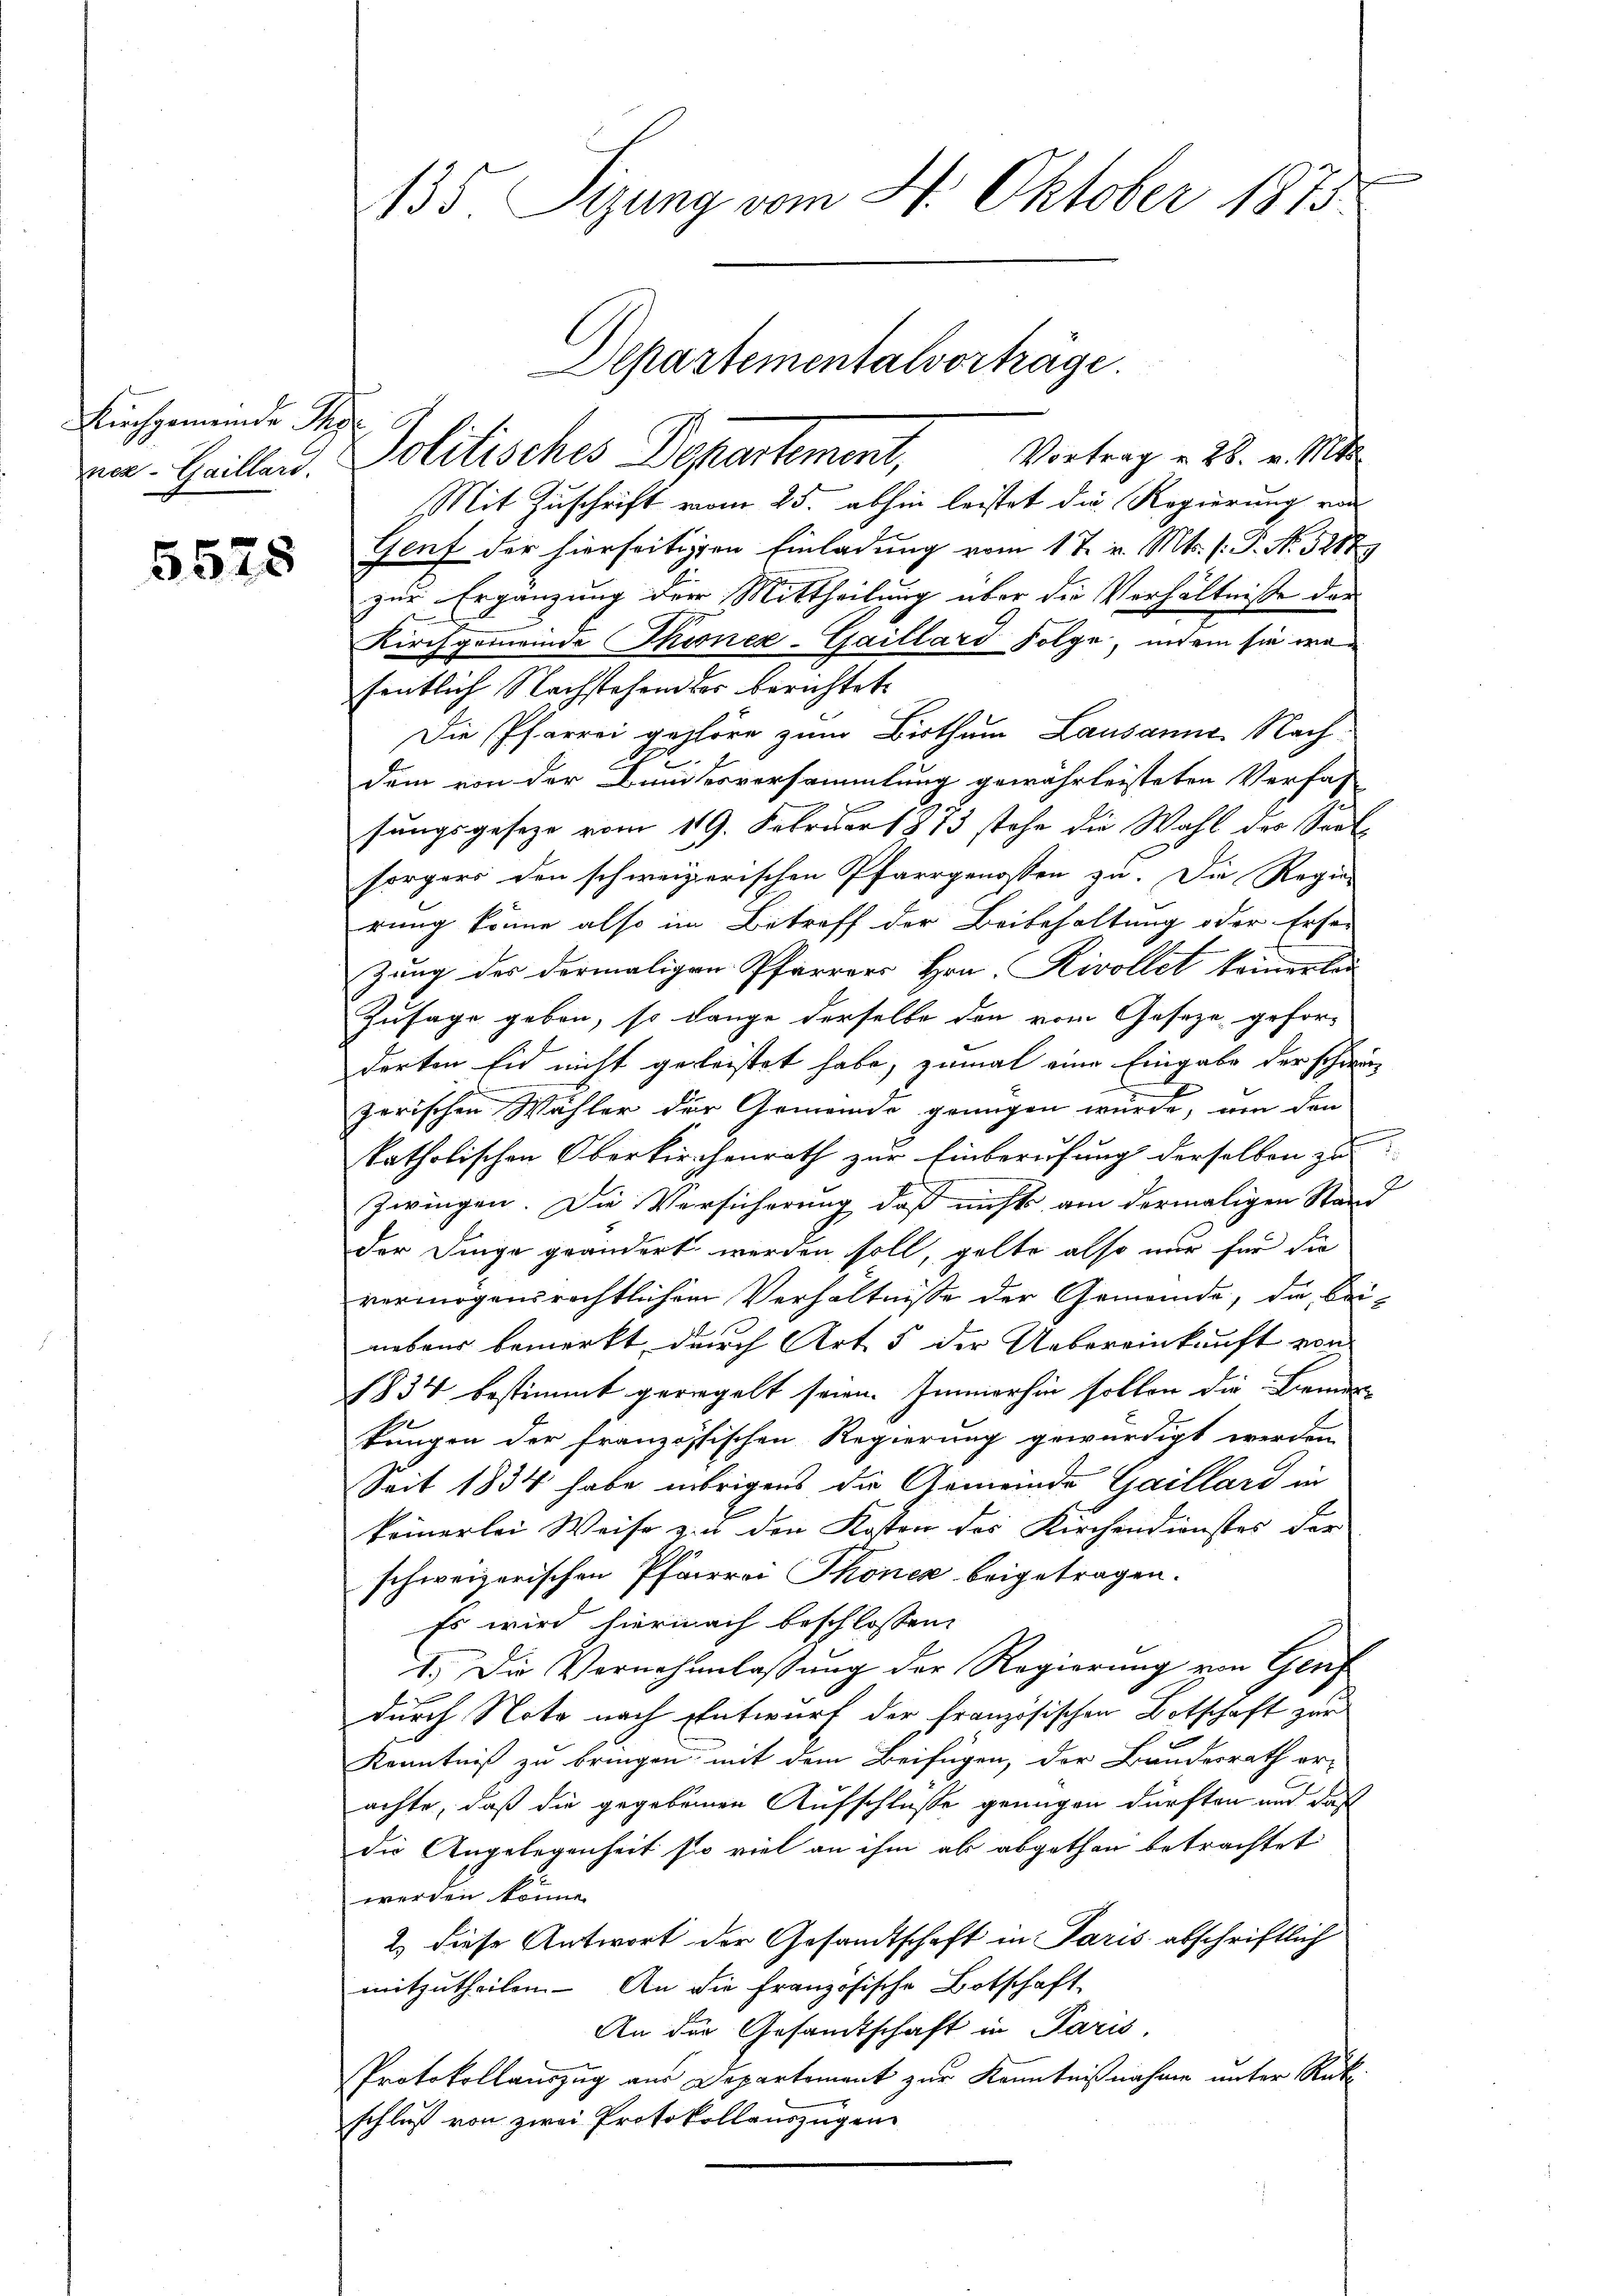
Kirchgemeinde Sy

5525

135. Sizung vom 4. Oktober 1875.

Vortrag v. 28. v. Mts.
Mit Zuschrift vom 25. abhin leistet die Regierung von
Genf der hierseitigen Einladung vom 17. v. Mts. f. P. No. 5287
zur Ergänzung der Mittheilung über die Verhältniße der
Kirchgemeinde Thirner-Gaillard Folge, indem sie wa
sentlich Nachstehen der berichtet
Die Pfarrei gehöre zum Bisthum Lausanne. Nach¬
E
dem von der Bundesversammlung gewährleisteten Verfas-
sungsgeseze vom 119. Februar 1873 stehe die Wahl des Saalsorgers den schweizerischen Pfarrgenossen zu. Die Regie-
rung könne also im Betreff der Beibehaltung oder Erse
zung des dermaligen Pfarrers Hrn. Rivollet keinerlic
Zusage geben, so lange derselbe den vom Geseze gefor-
derten Eid nicht geleistet habe, zumal eine Eingabe der schweizerischen Wähler der Gemeinde genügen wurde, um den
katholischen Oberkirchenrath zur Einberufung derselben zu
Zwingen. Die Versicherung, daß nichts am dermaligen Stand
der Dinge geändert werden soll, gelte also nur für die
vermögen rechtlichen Verhältnisse der Gemeinde, die beinebens bemerkt, durch Art 5 der Uebereinkunft von
1834 bestimmt geregelt seien. Immerhin sollen die Bemer
kungen der französischen Regierung gewürdigt werden,
Seit 1834 habe übrigens die Gemeinde Gaillard in
e
keinerlei Weise zu den Kosten des Kirchendienstes der
schweizerischen Pfarrer Thonez beigetragen.
Es wird hiernach beschlossen:
1.) Die Vernehmlassung der Regierung von Genf
durch Nota nach Entwurf der französischen Botschaft zur
e
Kenntniß zu bringen mit dem Beifügen, der Bundesrath er-
achte, daß die gegebenen Aufschlüße genügen dürften und daß
die Angelegenheit soo viel an ihm als abgethan betrachtet
werden könne.
2.) diese Antwort der Gesandtschaft in Paris abschriftlich
mitzutheilen. An die französische Botschaft
An der Gesandtschaft in Paris,
Protokollauszug aus Departement zur Kenntnißnahme unter Rükschluß von zwei Protokollauszügen

von. Heillen. Politisches Departement,

Departementalvorträge.